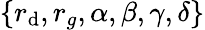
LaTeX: \{ r_{\mathrm{d}},r_{g},\alpha,\beta,\gamma,\delta\}